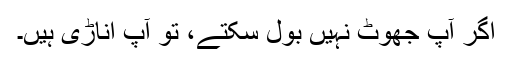
اگر آپ جھوٹ نہیں بول سکتے، تو آپ اناڑی ہیں۔